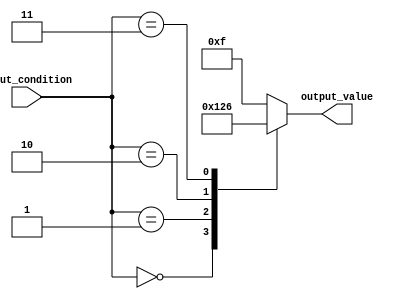
module case_statement_block (
    input [2:0] input_condition,
    output reg [3:0] output_value
);

always @* begin
    case(input_condition)
        3'b000: output_value = 4'b0000; // Case 1
        3'b001: output_value = 4'b0001; // Case 2
        3'b010: output_value = 4'b0010; // Case 3
        3'b011: output_value = 4'b0110; // Case 4
        default: output_value = 4'b1111; // Default case
    endcase
end

endmodule